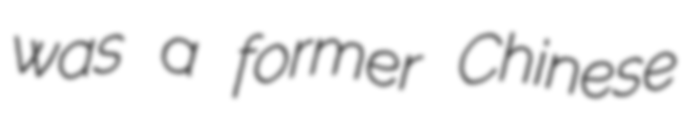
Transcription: was a former Chinese